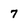
Character: 7